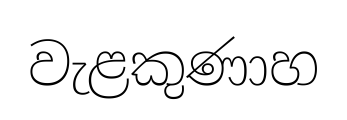
වැළකුණාහ